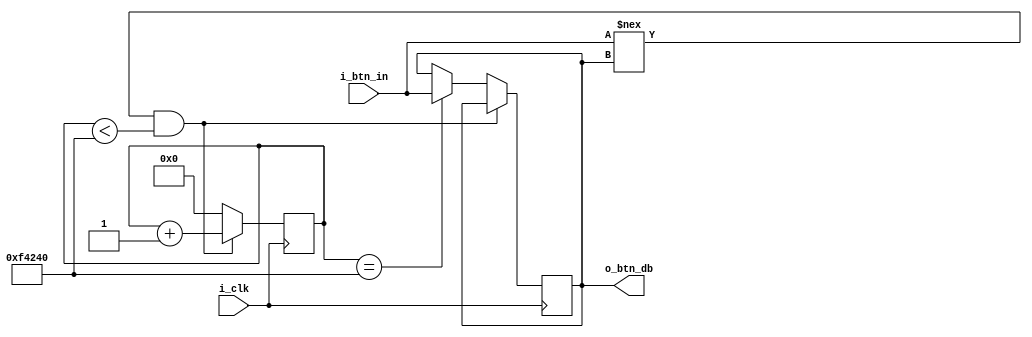
`timescale 1ns / 1ps
`default_nettype none

/*
 *  Filters glitchy inputs by ignoring state changes
 *  that occur within less than DELAY clock ticks 
 *
 *  Registers state change, debounced output, after 
 *  DELAY number of clock ticks of an unchanged input
 *  
 *  NOTE:
 *  DELAY = (Debounce Time [s]) * (i_clk [Hz])
 * 
 */

module debouncer 
#(parameter DELAY = 1_000_000)
(
    input wire  i_clk,
    input wire  i_btn_in,
    output wire o_btn_db         
);

    localparam MAX_COUNT = $clog2(DELAY); 
    reg [MAX_COUNT-1:0] counter;
    reg                 r_sample;
    
    initial { counter, r_sample } = 0; 
    
    always @(posedge i_clk)
        begin
            if(i_btn_in !== r_sample && counter < DELAY)
                counter <= counter + 1'b1; 
            else if(counter == DELAY)
                begin
                    counter <= 0;
                    r_sample <= i_btn_in;
                end
            else
                counter <= 0;  
        end 

assign o_btn_db = r_sample; 

endmodule